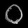
Digit: ၀